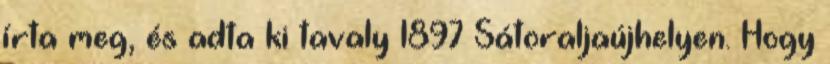
írta meg, és adta ki tavaly 1897 Sátoraljaújhelyen. Hogy